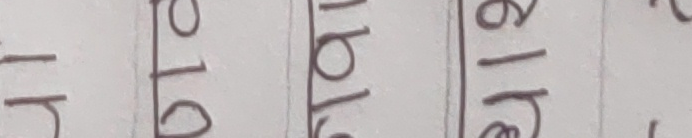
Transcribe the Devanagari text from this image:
म मा ब्रे ब् ले रे